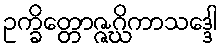
ဥက္ခိတ္တောဇ္ဇဂ္ဃိကာသဒ္ဒေါ